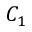
C _ { 1 }